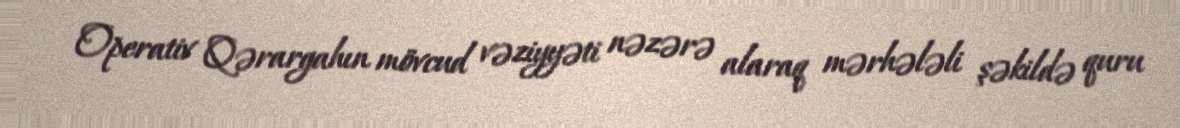
Operativ Qərargahın mövcud vəziyyəti nəzərə alaraq mərhələli şəkildə quru